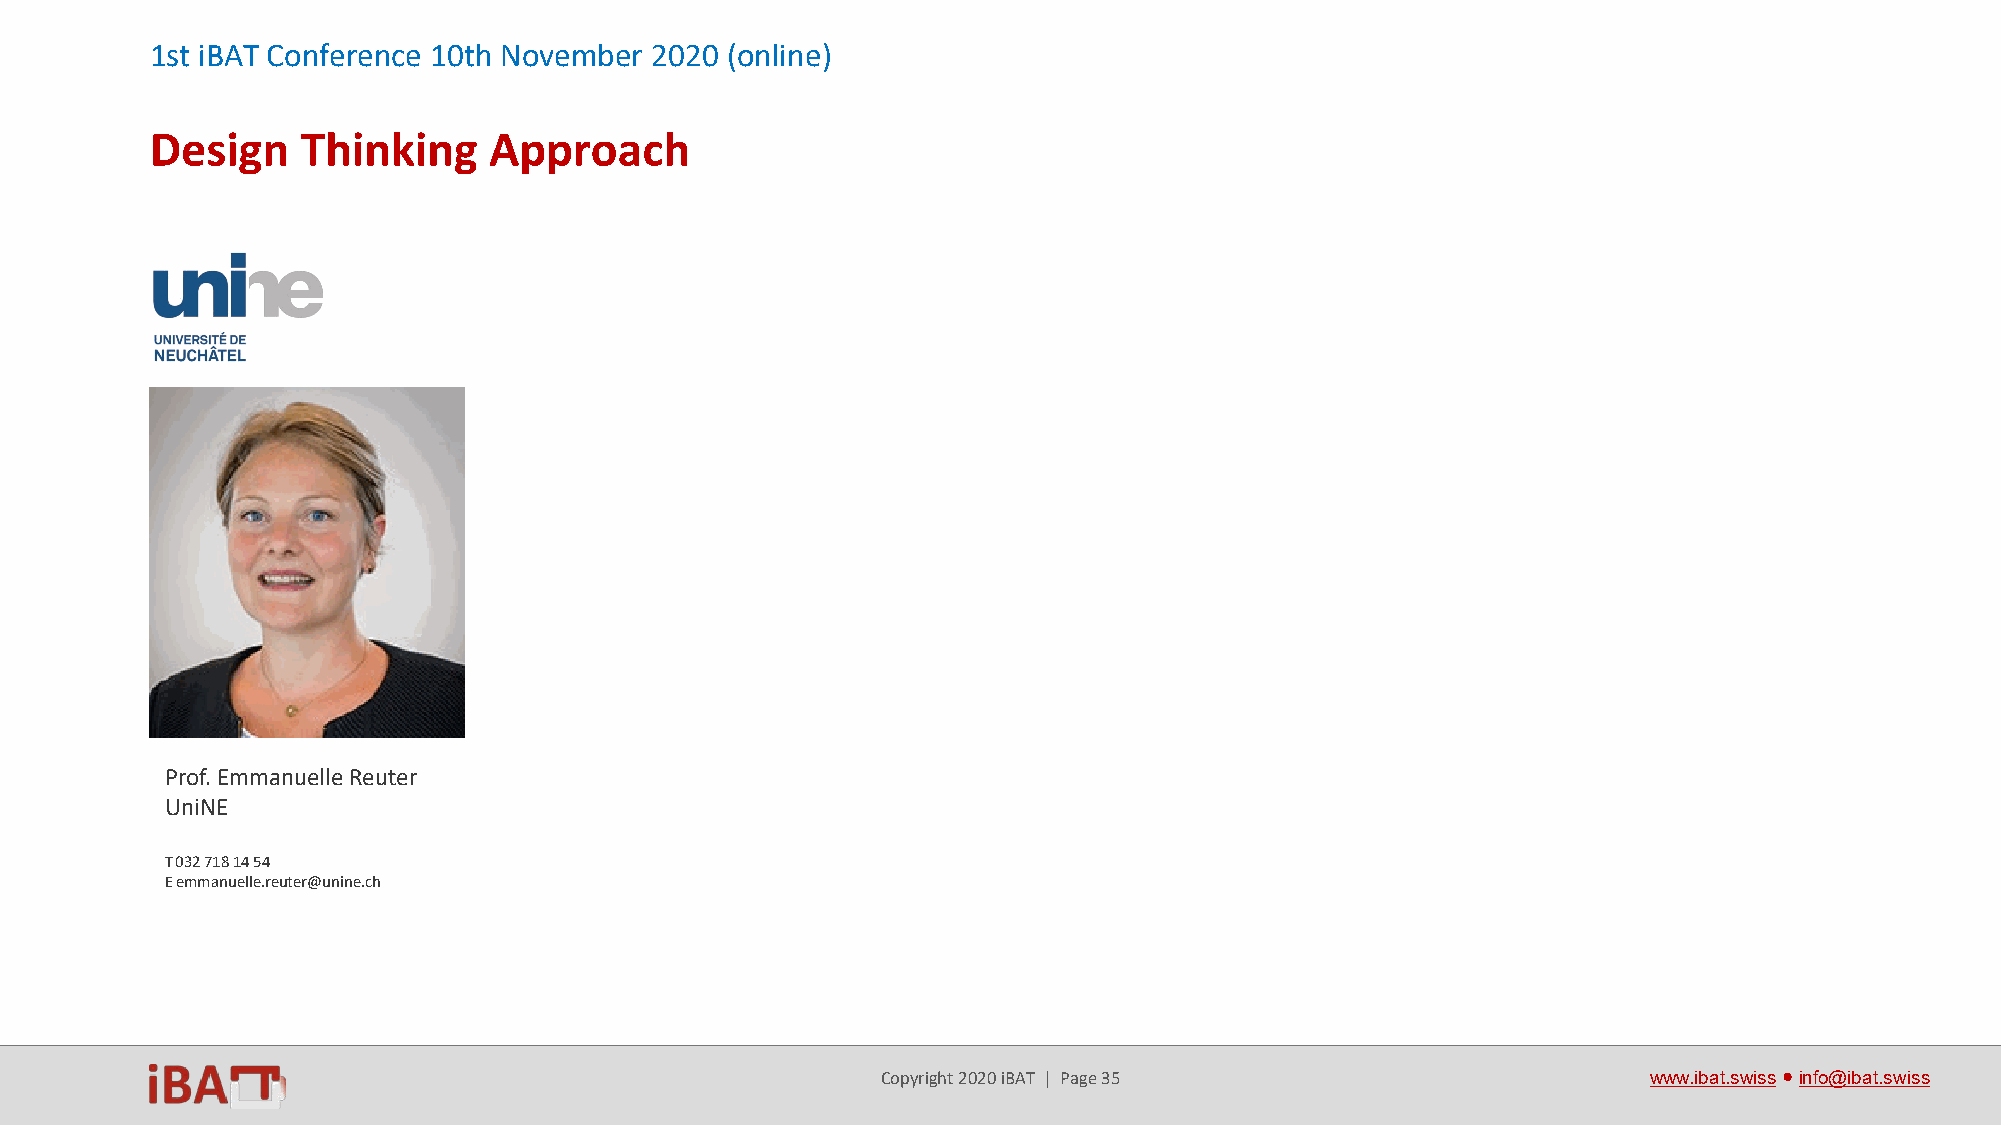
1st iBAT Conference 10th November 2020 (online)
 Design    Thinking    Approach
 Prof. Emmanuelle Reuter
 UniNE
 T 032 718 14 54
 E emmanuelle.reuter@unine.ch
 Copyright 2020 iBAT | Page 35                      www.ibat.swiss●info@ibat.swiss